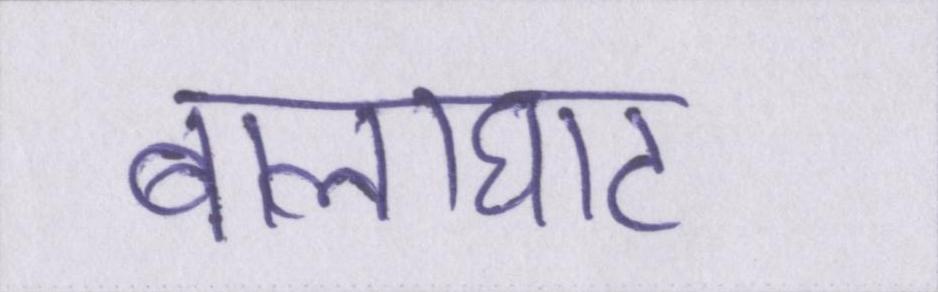
बालाघाट